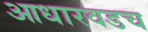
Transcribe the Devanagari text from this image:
आधारवडच